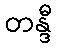
တန္ဒီ